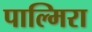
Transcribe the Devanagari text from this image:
पाल्मिरा